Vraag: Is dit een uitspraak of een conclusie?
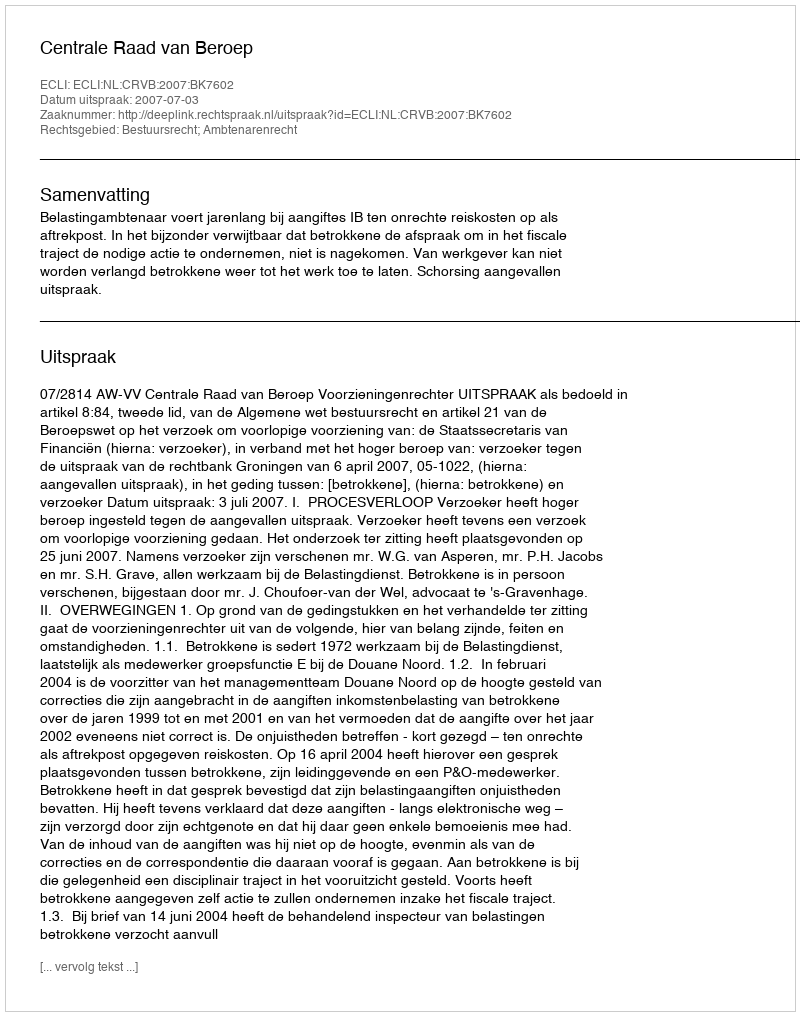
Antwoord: Uitspraak